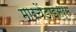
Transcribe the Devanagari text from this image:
मारचेंडाइसर्स